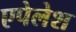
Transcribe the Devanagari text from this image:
एपेलेश